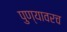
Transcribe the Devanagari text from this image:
पुण्यावरच